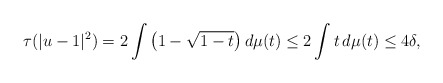
\begin{align*}\tau(|u-1|^2)=2\int\big(1-\sqrt{1-t}\big)\,d\mu(t)\le2\int t\,d\mu(t)\le4\delta,\end{align*}